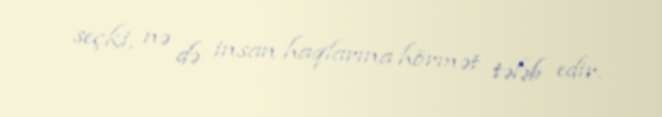
seçki, nə də insan haqlarına hörmət tələb edir.